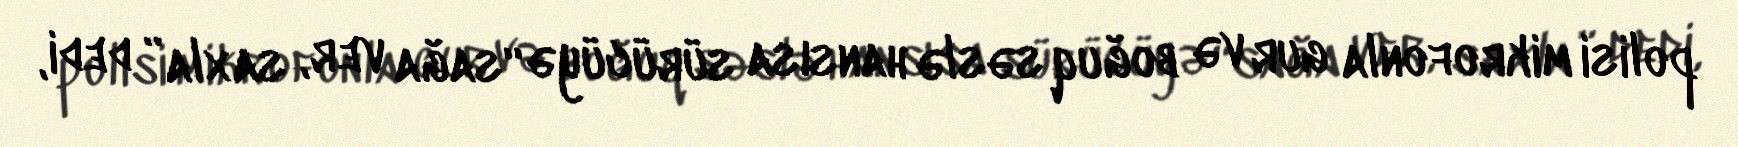
polisi mikrofonla gur və boğuq səslə hansısa sürücüyə “sağa ver, saxla” dedi,